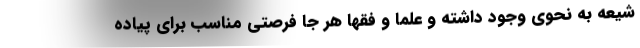
شیعه به نحوی وجود داشته و علما و فقها هر جا فرصتی مناسب برای پیاده